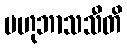
ဗဟုဘာသသီတိ